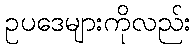
ဥပဒေများကိုလည်း